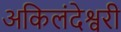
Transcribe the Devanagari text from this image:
अकिलंदेश्वरी